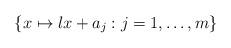
LaTeX: \begin{align*}\{x\mapsto \l x+a_j:j=1,\ldots,m\}\end{align*}